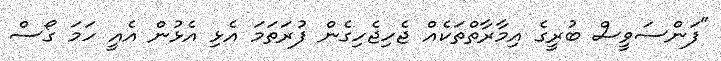
"ފަންސަވީސް ބުރީގެ އިމާރާތްތަކެއް ޖެހިޖެހިގެން ފުރަތަމަ އެޅި އެޅުން އެއީ ހަމަ ގޯސް